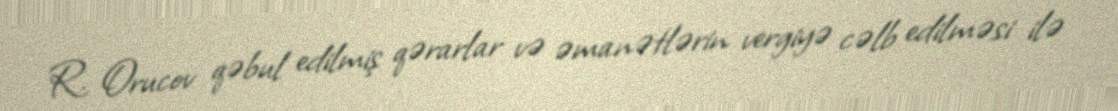
R. Orucov qəbul edilmiş qərarlar və əmanətlərin vergiyə cəlb edilməsi ilə